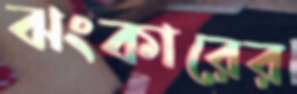
ঝংকারের